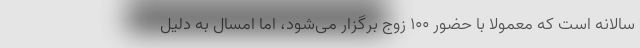
سالانه است که معمولا با حضور ۱۰۰ زوج برگزار می‌شود، اما امسال به دلیل